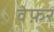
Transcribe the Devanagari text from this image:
वेफ़र